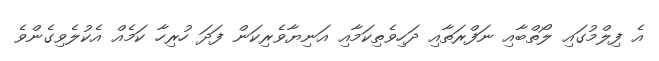
އެ ފިލްމުގައި ލޯތްބާއި ނަފްރަތާއި ދަހިވެތިކަމާއި އަނިޔާވެރިކަން ފަދަ ހުރިހާ ކަމެއް އެކުލެވިގެންވެ